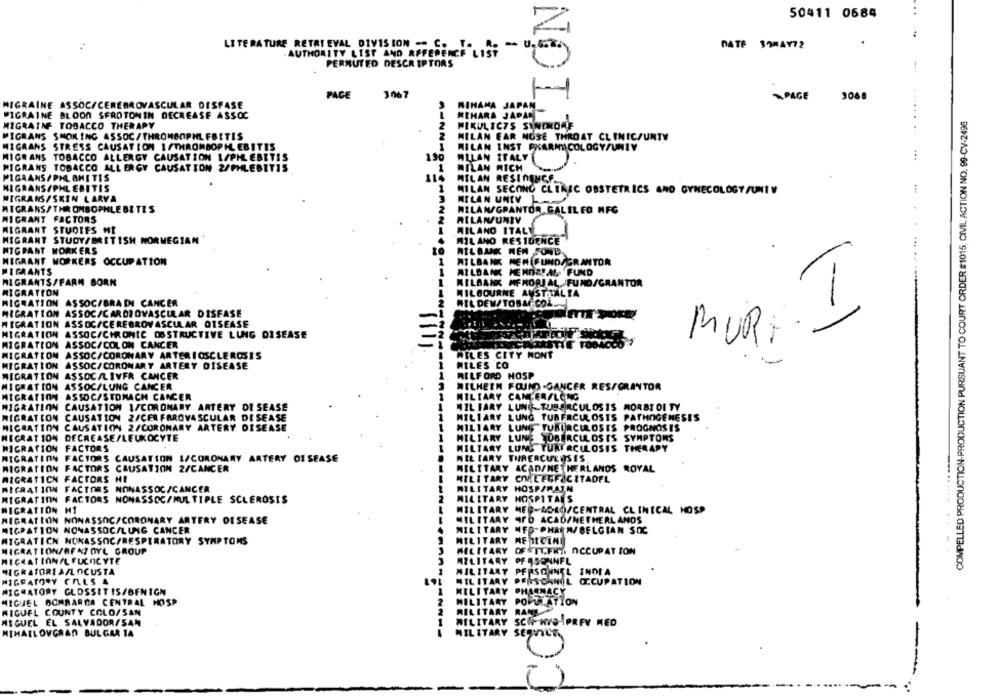
50411 0684
Z
LITERATURE RETRI EVAL DIVISION -- C. T.
DATE 39MAY72
AUTHORITY LIST AND REFERENCE LIST
PERMUTED DESCRIPTORS
PACE
3067
- PAGE
3060
MIGRAINE ASSOC/CEREBROVASCULAR DISFASE
MINAMA JAPAN
MIGRAINE BLOON SEROTONIN DECREASE ASSOC
MIHARA JAPAC
COMPELLED PRODUCTION-PRODUCTION PURSUANT TO COURT ORDER $1015, CIVIL ACTION NO. 99-CV-2496
MIGRAINE TOBACCO THERAPY
MIKULIC7S SYNDROME
MIGRANS SMOKING ASSOC/THROMBOPHLEBITIS
2
MILAN EAR NUSE THROAT CLINIC/UNTY
MIGRANS STRESS CAUSATION 1 /THROMBOPHLEBITIS
MILAN INST PHARMACOLOGY/UNIV
MIGRANS TOBACCO ALLERGY CAUSATION 1/PHLEBITIS
190
ALLAN ITALY
MIGRANS TOBACCO ALLERGY CAUSATION 2/PHLEBITIS
MILAN MICH
1
PIGAANS/PHL BHITIS
MILAN RESIDENCE ..
MIGRANS/PHLEBITIS
MILAN SECOND CLTREC OBSTETRICS AND GYNECOLOGY /UNTV
MIGRANS/SKIN LARVA
MILAN UNIV L
MTGRANS/ THROMBOPHLE BETIS
2
MIGRANT FACTORS
2
MILANUNIV
MIGRANT STUDIES ME
MILANO ITALY
MIGRANT STUDY/BRITISH NORWEGIAN
MIL ANO RESIDENCE
MIGRANT WORKERS
MILBANK NEM FOND
MIGRANT WORKERS OCCUPATION
1
MILBANK MEN FUNDAGRANTOR
MIGRANTS
MILBANK MEMORIAL FUND
MIGRANTS/FARM BORN
MILBANK MEMORIAL FUMO/GRANTOR
MIGRATION
MILBOURNE ANSTTALIA
MIGRATION ASSOC/BRAIN CANCER
MIL DEW/ TOBACCOL.
MIGRATION ASSOC/CARDIOVASCULAR DISEASE
1-
MIGRATION ASSOC/CEREBROVASCULAR DISEASE
MIGRATION
ASSOC/CHRONIC OBSTRUCTIVE LUNG DISEASE
MIGRATION ASSOC/COLON CANCER
HE ro
MUR
MIGRATION ASSOC/CORONARY ARTERIOSCLEROSIS
MILES CITY MONT
MIGRATION ASSOC/CORONARY ARTERY DISEASE
MILES CO
MIGRATION
ASSOC/LIVER CANCER
MILFORD HOSP
MIGRATION ASSOC/LUNG CANCER
MELHETH FOUND.CANCER RES/GRANTOR
MIGRATION
ASSOC/STOMACH CANCER
1
MILIARY CAMERALONG
MIGRATION CAUSATION 1/CORONARY ARTERY DISEASE
MIL FARY LUNG. TUBERCULOSIS MORBI DITY
MIGRATION CAUSATION 2/CER FAROVASCULAR DISEASE
HILLARY LUNG TUBERCULOSIS PATHOGENESIS
MIGRATION CAUSATION 2/CORONARY ARTERY DISEASE
MILTARY LUNG TUBERCULOSIS PROGNOSIS
MECRATION DECREASE/LEUKOCYTE
MILTARY LUNE SOBERCULOSIS SYMPTOMS
MIGRATION FACTORS
1.
MILTARY LUNG TURERCULOSIS THERAPY
MIGRATION FACTORS CAUSATION 1/CORONARY ARTERY DISEASE
MIL TARY THRERCULOSIS
MIGRATION FACTORS CAUSATION 2/CANCER
MILITARY ACAD/NETHERLANDS ROYAL
MIGRATION FACTORS HE
MILITARY CIMEEGFICITADEL
MIGRATION FACTORS NONASSOC/CANCER
MILITARY
HOSP/MAIN
MIGRATION FACTORS NONASSOC/MULTIPLE SCLEROSIS
MILITARY
HOSPITAL'S
NIGRATTON H1
MILITARY MER-ACAO/CENTRAL CLINICAL HOSP
MIGRATION NONASSOC/CORONARY ARTERY DISEASE
MILITARY MFD ACAD/NETHERLANDS
MIGRATION NONASSOC/LUNG CANCER
MILITARY MFS PHARM/BELGIAN SOC
MIGRATICN NONASSOC/RESPIRATORY SYMPTOMS
MILITARY MEDICINE
MIGRATION/AF AZ OYL GROUP
MILITARY OFSTUFIT. OCCUPATION
MIGRATIONAL FUCOCYTE
MILITARY PERSONNEL
MIGRATORIA/LOCUSTA
MILITARY
PERSONNEL INDIA
MIGRATORY CALS A
MILITARY
PERSONNIL OCCUPATION
MIGRATORY GLOSSETIS/BENIGN
MILITARY
PHARMACY
MIGUEL BOMBARDA CENTRAL HOSP
MILITARY
MIGUEL COUNTY COLO/SAN
MILITARY
MIGUEL EL SALVADOR/SAN
ITARY SCAF HYGIPREY MED
MIHAILOVGRAN BULGAR 14
MILITARY SERVICE.
-